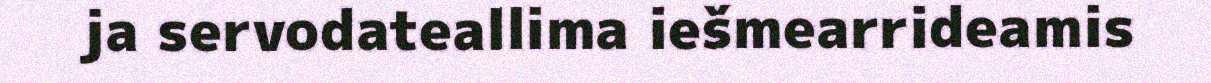
ja servodateallima iešmearrideamis